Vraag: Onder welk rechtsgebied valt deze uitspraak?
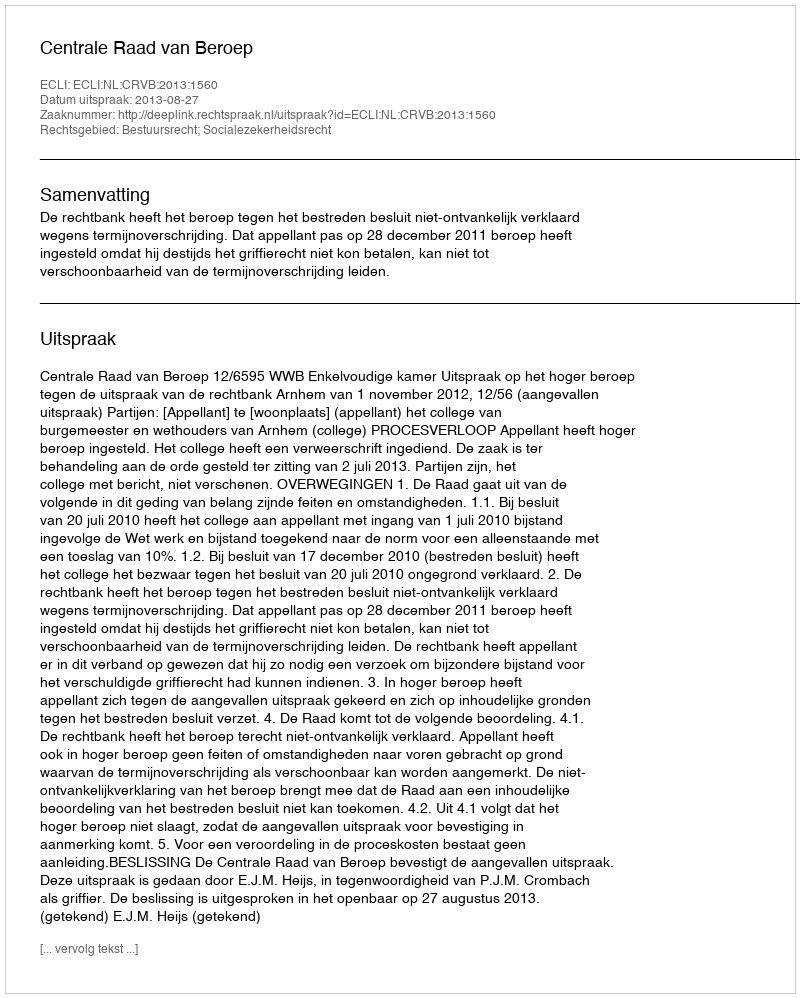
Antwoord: Bestuursrecht; Socialezekerheidsrecht